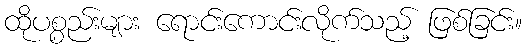
ထိုပစ္စည်းများ ရောင်းကောင်းလိုက်သည့် ဖြစ်ခြင်း။